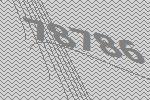
78786